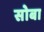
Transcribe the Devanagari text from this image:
सोबा